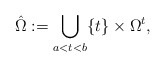
\begin{align*}\hat{\Omega} := \bigcup_{a < t< b} \{t\} \times \Omega^t,\end{align*}